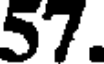
57.